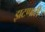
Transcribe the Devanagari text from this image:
झटणारी